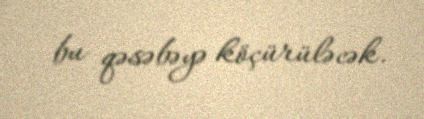
bu qəsəbəyə köçürüləcək.